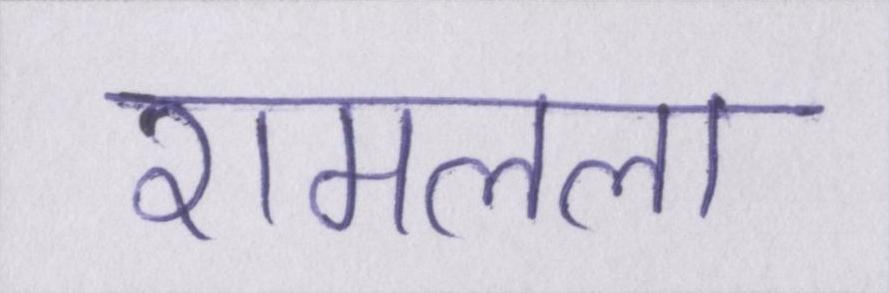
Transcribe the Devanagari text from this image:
रामलला